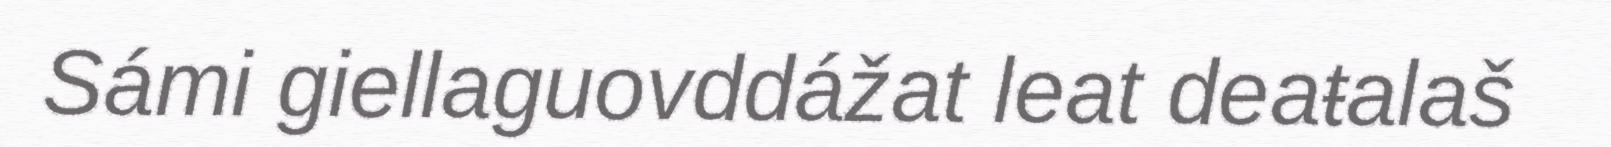
Sámi giellaguovddážat leat deaŧalaš